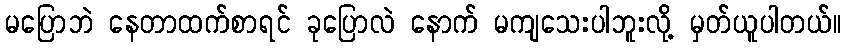
မပြောဘဲ နေတာထက်စာရင် ခုပြောလဲ နောက် မကျသေးပါဘူးလို့ မှတ်ယူပါတယ်။